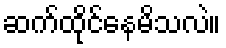
ဆက်ထိုင်နေမိသလဲ။